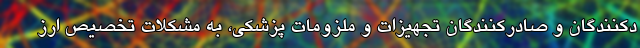
دکنندگان و صادرکنندگان تجهیزات و ملزومات پزشکی، به مشکلات تخصیص ارز